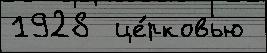
1928  це́рковью